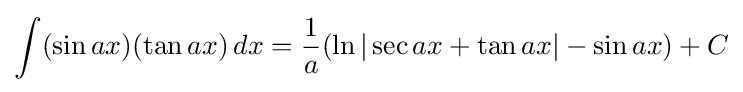
\int (\sin ax)(\tan ax)\,dx={\frac {1}{a}}(\ln |\sec ax+\tan ax|-\sin ax)+C